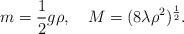
LaTeX: \begin{align*}m = \frac12 g \rho, \quad M = (8 \lambda \rho^2)^{\frac12}.\end{align*}